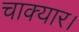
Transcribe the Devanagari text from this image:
चाक्यार।